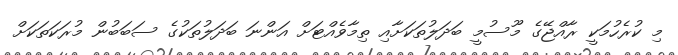
މި ކުރެހުމަކީ ރާއްޖޭގެ މޫސުމީ ބަދަލުތަކަށާއި ތިމާވެއްޓަށް އަންނަ ބަދަލުތަކުގެ ސަބަބުން މުރަކަތަކަށް